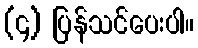
(၄) ပြန်သင်ပေးပါ။